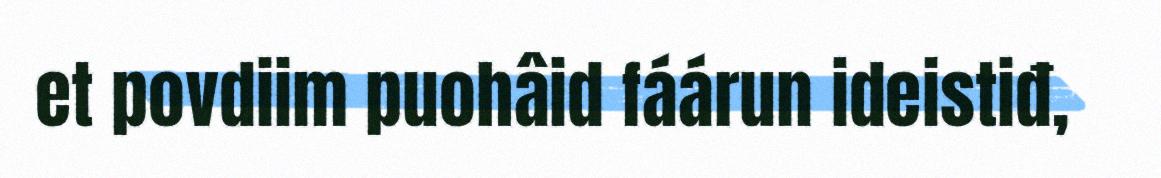
et povdiim puohâid fáárun ideistiđ,